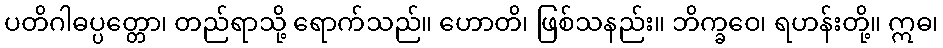
ပတိဂါဓပ္ပတ္တော၊ တည်ရာသို့ ရောက်သည်။ ဟောတိ၊ ဖြစ်သနည်း။ ဘိက္ခဝေ၊ ရဟန်းတို့။ ဣဓ၊